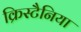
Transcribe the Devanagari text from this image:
क्रिस्टैनिया